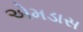
એમડાસ